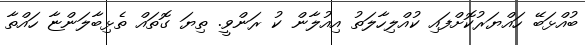
ބުއްޅަބޭ ހައްޔަރުކޮށްފައި ކުއްލިހާލަތު އިއުލާން ކު ރަންވީ. ތިޔަ ގޮތައް ތެޅިބާލަންޏާ ހައްތާ